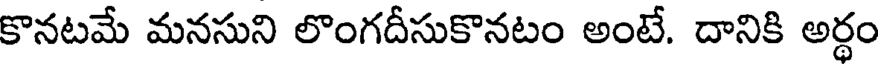
కొనటమే మనసుని లొంగదీసుకొనటం అంటే. దానికి అర్థం